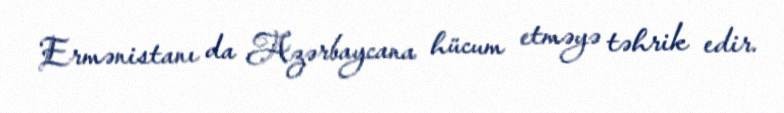
Ermənistanı da Azərbaycana hücum etməyə təhrik edir.